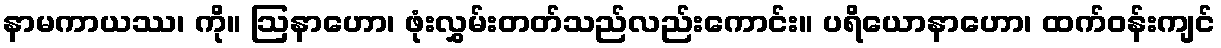
နာမကာယဿ၊ ကို။ ဩနာဟော၊ ဖုံးလွှမ်းတတ်သည်လည်းကောင်း။ ပရိယောနာဟော၊ ထက်ဝန်းကျင်